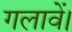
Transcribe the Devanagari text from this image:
गलावें।